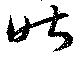
昨